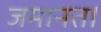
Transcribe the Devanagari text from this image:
जमानत।